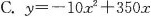
C.$$y=-10x^{2}+350x$$